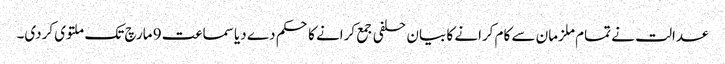
عدالت نے تمام ملزمان سے کام کرانے کا بیان حلفی جمع کرانے کا حکم دے دیا سماعت 9 مارچ تک ملتوی کردی۔